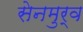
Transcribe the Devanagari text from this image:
सेनमुर्व